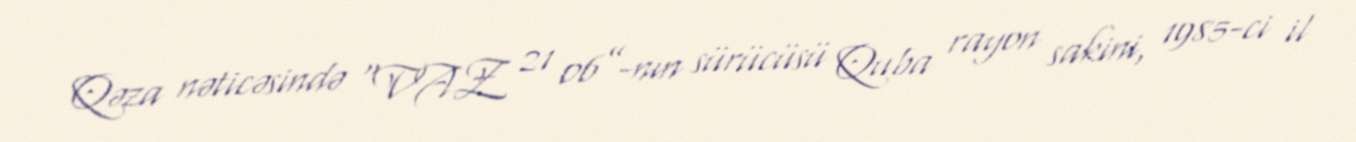
Qəza nəticəsində “VAZ 21 06”-nın sürücüsü Quba rayon sakini, 1985-ci il